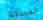
المتنقلة